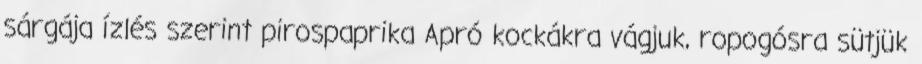
sárgája ízlés szerint pirospaprika Apró kockákra vágjuk, ropogósra sütjük